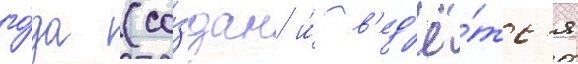
го́да (со́здан и́ в'ед'ё́тс'я